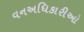
વનઅધિકારીઓ